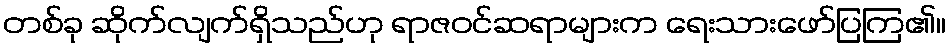
တစ်ခု ဆိုက်လျက်ရှိသည်ဟု ရာဇဝင်ဆရာများက ရေးသားဖော်ပြကြ၏။